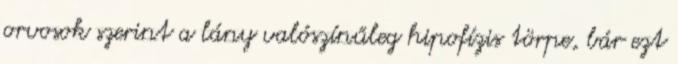
orvosok szerint a lány valószínűleg hipofízis törpe, bár ezt